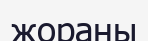
жораны